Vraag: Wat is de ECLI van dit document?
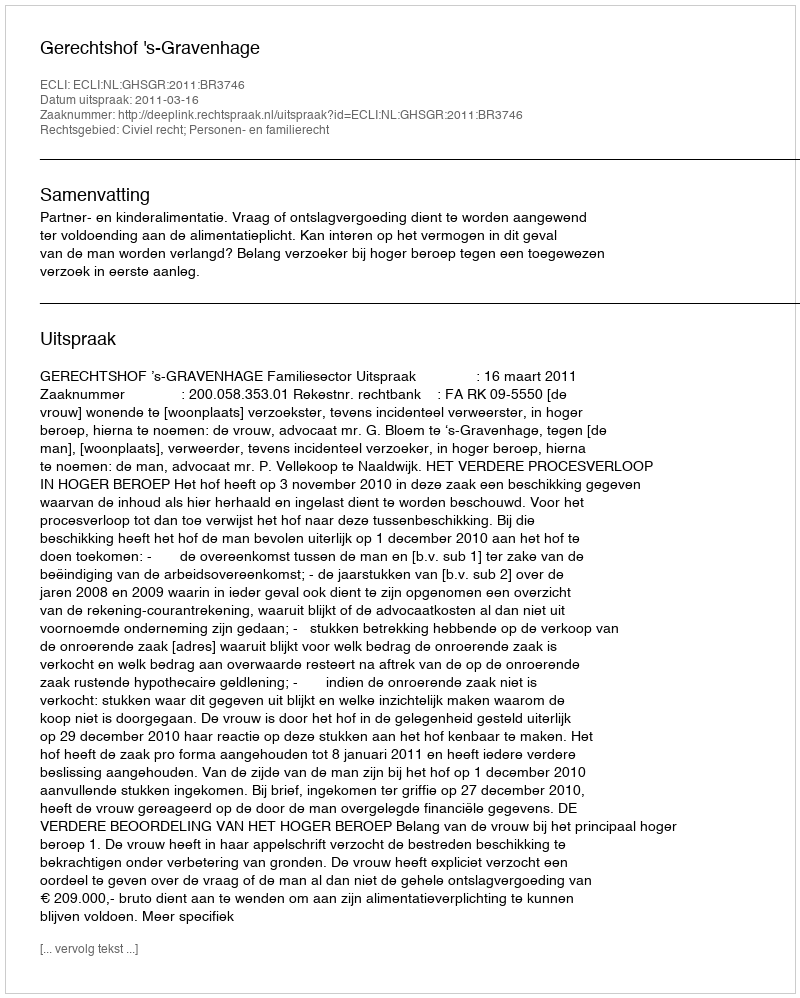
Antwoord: ECLI:NL:GHSGR:2011:BR3746